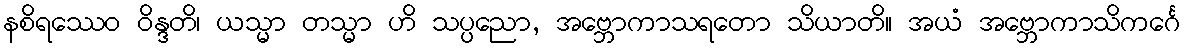
နစိရဿေဝ ဝိန္ဒတိ၊ ယသ္မာ တသ္မာ ဟိ သပ္ပညော, အဗ္ဘောကာသရတော သိယာတိ။ အယံ အဗ္ဘောကာသိကင်္ဂေ